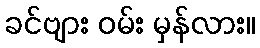
ခင်ဗျား ဝမ်း မှန်လား။